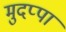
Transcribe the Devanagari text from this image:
मुदप्पा